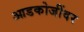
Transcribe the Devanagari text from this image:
आडकोजींवर